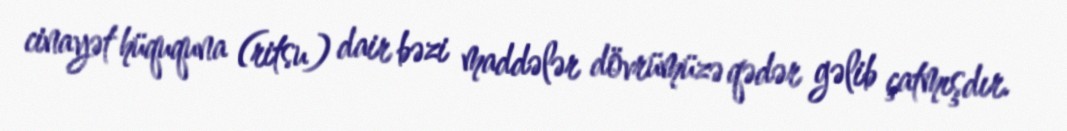
cinayət hüququna (ritsu) dair bəzi maddələr dövrümüzə qədər gəlib çatmışdır.